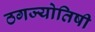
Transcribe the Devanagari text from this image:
ठगज्योतिषी